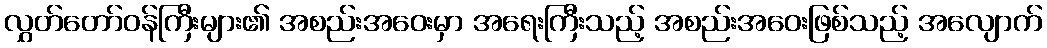
လွှတ်တော်ဝန်ကြီးများ၏ အစည်းအဝေးမှာ အရေးကြီးသည့် အစည်းအဝေးဖြစ်သည့် အလျောက်